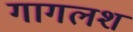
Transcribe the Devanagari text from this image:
गागलश